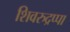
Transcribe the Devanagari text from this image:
शिवरुद्रप्पा